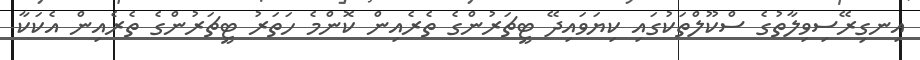
އިނގިރޭސިވިލާތުގެ ސްކޫލްތަކުގައި ކިޔަވައިދޭ ޓީޗަރުންގެ ތެރެއިން ކޮންމެ ހަތަރު ޓީޗަރުންގެ ތެރެއިން އެކަކާ